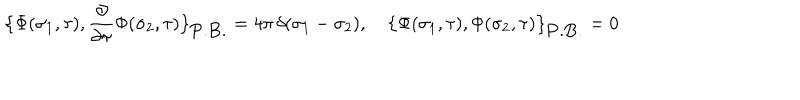
\bigl \{ \Phi ( \sigma _ { 1 } , \tau ) , { \frac { \partial } { \partial \tau } } \Phi ( \sigma _ { 2 } , \tau ) \bigr \} _ { \mathrm { P . B . } } = 4 \pi \, \delta ( \sigma _ { 1 } - \sigma _ { 2 } ) , \quad \bigl \{ \Phi ( \sigma _ { 1 } , \tau ) , \Phi ( \sigma _ { 2 } , \tau ) \bigr \} _ { \mathrm { P . B . } } = 0